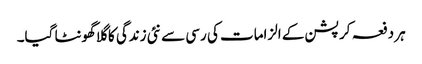
ہر دفعہ کرپشن کے الزامات کی رسی سے نئی زندگی کا گلا گھونٹا گیا۔